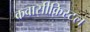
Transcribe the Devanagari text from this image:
कवासीक्रिस्टल